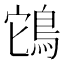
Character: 𮬲